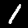
Label: 1